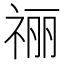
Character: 𫀌